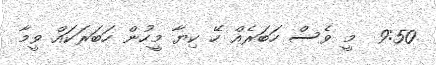
9:50  މީ ވެސް ހަބަރެއް ހޭ ކިޔާ މީހުން ހަބަރަކައް ވީމާ